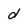
Character: d